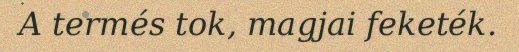
A termés tok, magjai feketék.